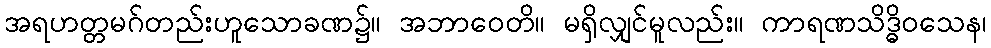
အရဟတ္တမဂ်တည်းဟူသောခဏ၌။ အဘာဝေတိ။ မရှိလျှင်မူလည်း။ ကာရဏသိဒ္ဓိဝသေန၊